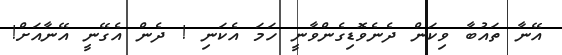
އޭނާ ތައުބާ ވިކަން ދެނެވޮޑިގެންވާނީ ހަމަ އެކަނި ! ދެން އެގޭނީ އޭނާއަށް!